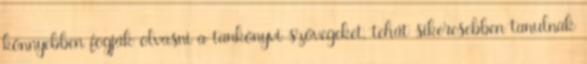
könnyebben fogják olvasni a tankönyvi szövegeket, tehát sikeresebben tanulnak